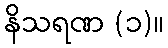
နိသရဏ (၁)။